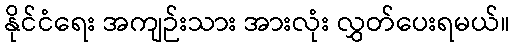
နိုင်ငံရေး အကျဉ်းသား အားလုံး လွှတ်ပေးရမယ်။